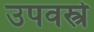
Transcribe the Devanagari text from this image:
उपवस्त्रे